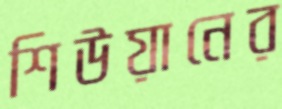
শিউয়ানের